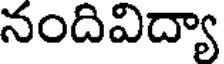
నందివిద్యా